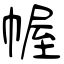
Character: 幄